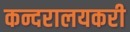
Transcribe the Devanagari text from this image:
कन्दरालयकरी